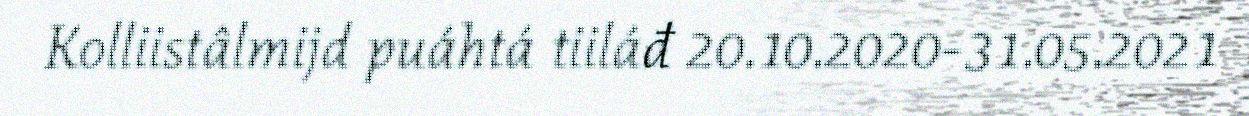
Kolliistâlmijd puáhtá tiiláđ 20.10.2020-31.05.2021